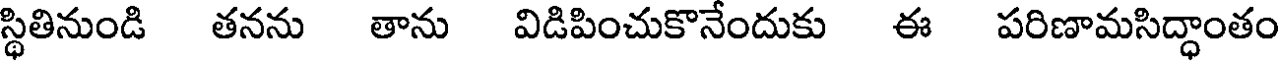
స్థితినుండి తనను తాను విడిపించుకొనేందుకు ఈ పరిణామసిద్ధాంతం